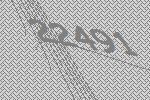
22491